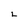
Character: L